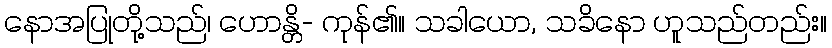
နောအပြုတို့သည်၊ ဟောန္တိ- ကုန်၏။ သခါယော, သခိနော ဟူသည်တည်း။